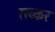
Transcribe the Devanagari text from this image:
रख्कर